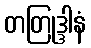
တတြုဒ္ဒါနံ